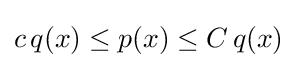
{\textstyle c\,q(x)\leq p(x)\leq C\,q(x)}